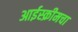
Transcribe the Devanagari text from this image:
आईस्क्रीमचा